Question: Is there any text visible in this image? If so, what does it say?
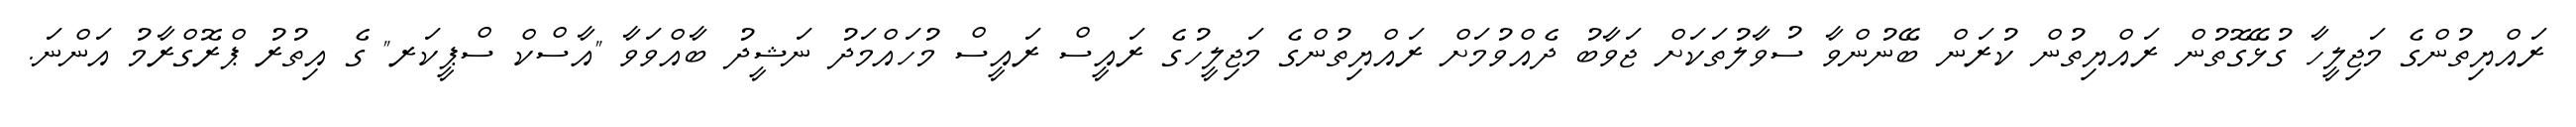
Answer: ރައްޔިތުންގެ މަޖިލީހާ ގުޅޭގޮތުން ރައްޔިތުން ކުރަން ބޭނުންވާ ސުވާލުތަކަށް ޖަވާބު ދެއްވުމަށް ރައްޔިތުންގެ މަޖިލީހުގެ ރައީސް ރައީސް މުހައްމަދު ނަޝީދު ބާއްވަވާ "އާސްކް ސްޕީކަރ" ގެ އިތުރު ޕްރޮގްރާމު އަންނަ.